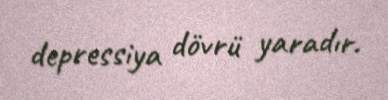
depressiya dövrü yaradır.